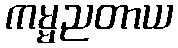
ကမ္မညတာယ